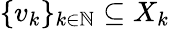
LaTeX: \{ v_{k}\} _{k\in\mathbb{N}}\subseteq X_{k}